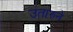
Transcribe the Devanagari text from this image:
उतारुने